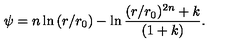
\psi = n \ln { ( r / r _ { 0 } ) } - \ln { \frac { ( r / r _ { 0 } ) ^ { 2 n } + k } { ( 1 + k ) } } .